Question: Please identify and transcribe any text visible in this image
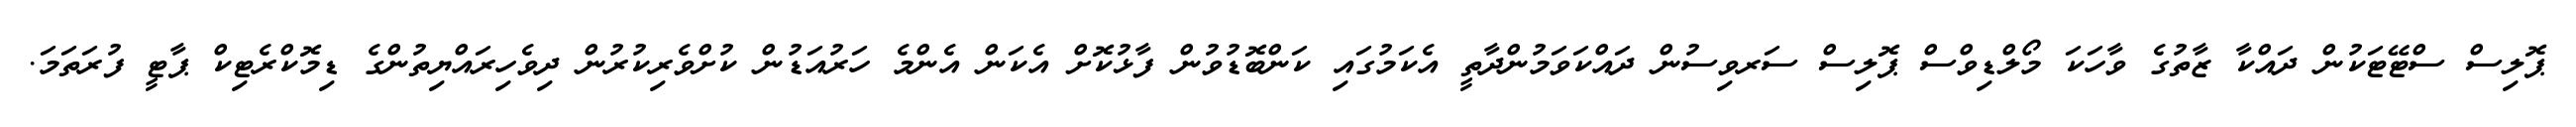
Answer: ޕޮލިސް ސްޓޭޓަކުން ދައްކާ ޒާތުގެ ވާހަކަ މޯލްޑިވްސް ޕޮލިސް ސަރވިސުން ދައްކަވަމުންދާތީ އެކަމުގައި ކަންބޮޑުވުން ފާޅުކޮށް އެކަން އެންމެ ހަރުއަޑުން ކުށްވެރިކުރުން ދިވެހިރައްޔިތުންގެ ޑިމޮކްރެޓިކް ޕާޓީ ފުރަތަމަ.